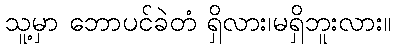
သူ့မှာ ဘောပင်ခဲတံ ရှိလား၊မရှိဘူးလား။